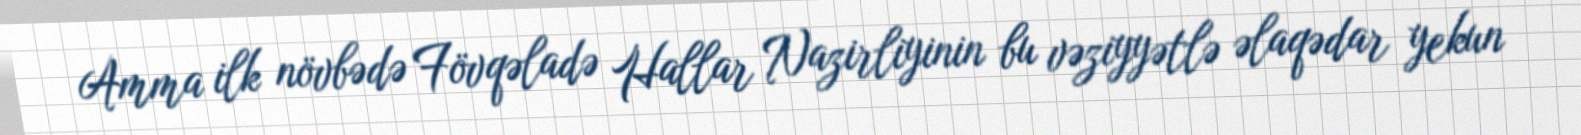
Amma ilk növbədə Fövqəladə Hallar Nazirliyinin bu vəziyyətlə əlaqədar yekun